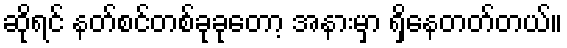
ဆိုရင် နတ်စင်တစ်ခုခုတော့ အနားမှာ ရှိနေတတ်တယ်။